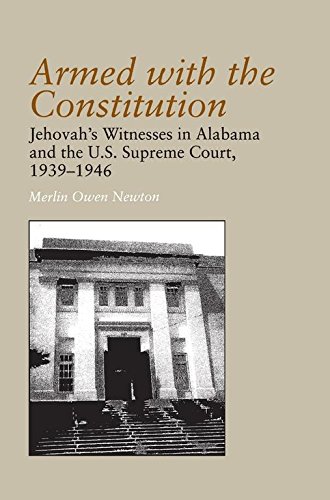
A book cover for Armed with the Constitution: Jehovah's Witnesses in Alabama and the U.S Supreme Court, 1939-1946 (Religion and American Culture (University of Alabama Paperback)); Merlin Newton; Christian Books & Bibles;